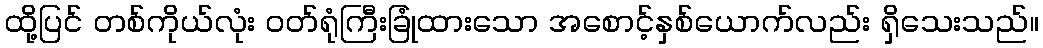
ထို့ပြင် တစ်ကိုယ်လုံး ဝတ်ရုံကြီးခြုံထားသော အစောင့်နှစ်ယောက်လည်း ရှိသေးသည်။